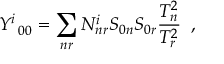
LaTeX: Y _ { \; \; 0 0 } ^ { i } = \sum _ { n r } N _ { n r } ^ { i } S _ { 0 n } S _ { 0 r } \frac { T _ { n } ^ { 2 } } { T _ { r } ^ { 2 } } \; \; ,